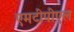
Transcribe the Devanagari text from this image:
एमटीपीएल